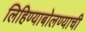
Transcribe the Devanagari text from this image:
लिहिण्याबोलण्याची